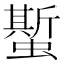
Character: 蟴